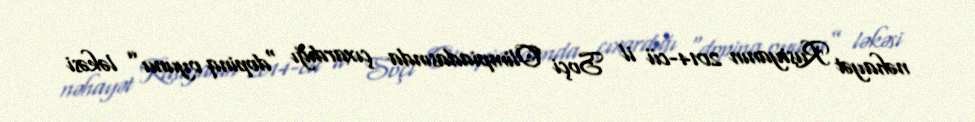
nəhayət Rusiyanın 2014-cü il Soçi Olimpiadasında çıxardığı “dopinq oyunu” ləkəsi